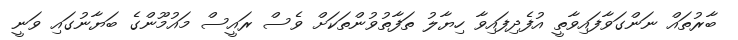
ބާރުތައް ނަންގަވާފައިވާތީ އުފެދިފައިވާ ހިޔާލު ތަފާތުވުންތަކަށް ވެސް ރައީސް މައުމޫންގެ ބަޔާނުގައި ވަނީ